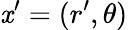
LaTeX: \mathit{x}^{\prime}=(r^{\prime},\theta)